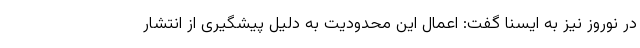
در نوروز نیز به ایسنا گفت: اعمال این محدودیت به دلیل پیشگیری از انتشار